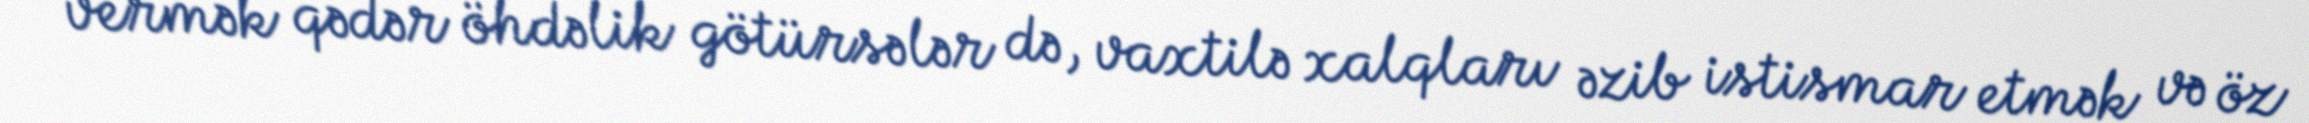
vermək qədər öhdəlik götürsələr də, vaxtilə xalqları əzib istismar etmək və öz